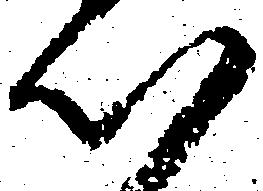
以